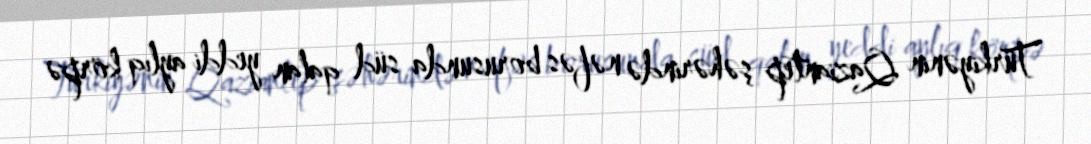
Türkiyənin Qaziantep şəhərində nəfəs borusunda süd qalan yeddi aylıq körpə